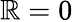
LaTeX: \mathbb{R}=0